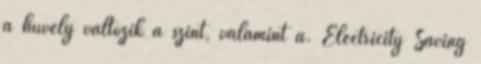
a hüvely változik a szint, valamint a. Electricity Saving